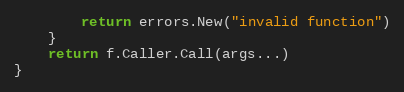
Language: Go
		return errors.New("invalid function")
	}
	return f.Caller.Call(args...)
}